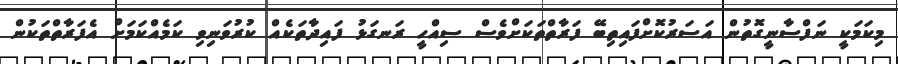
މިކަމަކީ ނަފްސާނީގޮތުން އަސަރުކޮށްފައިތިބޭ ފަރާތްތަކަށްވެސް ސިއްހީ ރަނގަޅު ފައިދާތަކެއް ކުރުވަނިވި ކަމެއްކަމަށް އެފަރާތްތަކުން